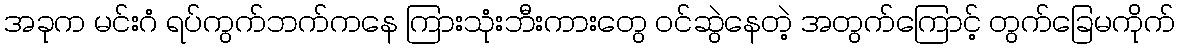
အခုက မင်းဂံ ရပ်ကွက်ဘက်ကနေ ကြားသုံးဘီးကားတွေ ဝင်ဆွဲနေတဲ့ အတွက်ကြောင့် တွက်ခြေမကိုက်